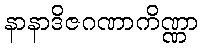
နာနာဒိဇဂဏာကိဏ္ဏာ